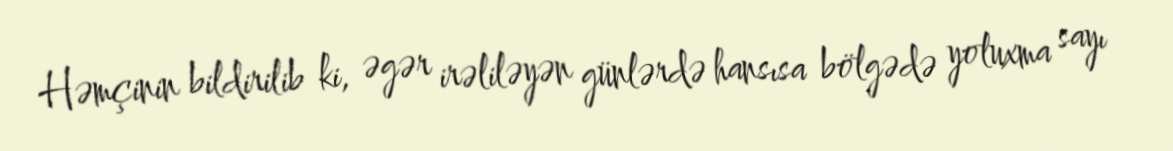
Həmçinin bildirilib ki, əgər irəliləyən günlərdə hansısa bölgədə yoluxma sayı